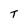
Character: T